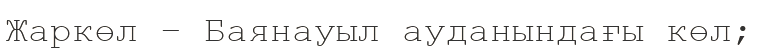
Жаркөл – Баянауыл ауданындағы көл;